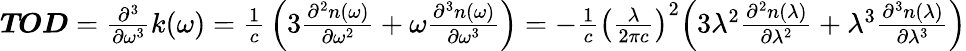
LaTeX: {\begin{array}{l}{{\boldsymbol{\mathit{TOD}}}={\frac{{\partial}^{3}}{\partial{\omega}^{\mathrm{3}}}}k\mathrm{(}\omega\mathrm{)}={\frac{\mathrm{1}}{c}}\left(\mathrm{3}{\frac{{\partial}^{2}n\mathrm{(}\omega\mathrm{)}}{\partial{\omega}^{\mathrm{2}}}}+\omega{\frac{{\partial}^{3}n\mathrm{(}\omega\mathrm{)}}{\partial{\omega}^{\mathrm{3}}}}\right)={-}{\frac{\mathrm{1}}{c}}{\left({\frac{\lambda}{\mathrm{2}\pi c}}\right)}^{\mathrm{2}}{\Bigl(}\mathrm{3}{\lambda}^{\mathrm{2}}{\frac{{\partial}^{2}n\mathrm{(}\lambda\mathrm{)}}{\partial{\lambda}^{\mathrm{2}}}}+{\lambda}^{\mathrm{3}}{\frac{{\partial}^{3}n\mathrm{(}\lambda\mathrm{)}}{\partial{\lambda}^{\mathrm{3}}}}{\Bigr)}}\end{array}}